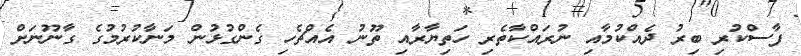
ފާސްކުރި ބިރު ދެއްކުމާއި ނުރައްކާތެރި ހަތިޔާރާއި ތޫނު އެއްޗެހި ގެންގުޅުން މަނާކުރުމުގެ ގާނޫނަށް